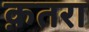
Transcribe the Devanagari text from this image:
क़तरा